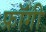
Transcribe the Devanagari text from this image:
फ्रॉगी